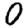
Digit: 0